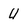
Character: U